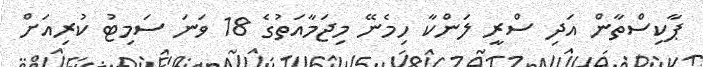
ޕާކިސްތާން އަދި ސްރީ ލަންކާ ހިމެނޭ މިޖަމާއަތުގެ 18 ވަނަ ސަމިޓު ކުރިއަށް